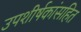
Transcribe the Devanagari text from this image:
उपशीर्षकांसहित